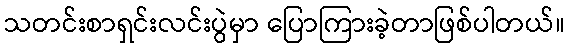
သတင်းစာရှင်းလင်းပွဲမှာ ပြောကြားခဲ့တာဖြစ်ပါတယ်။